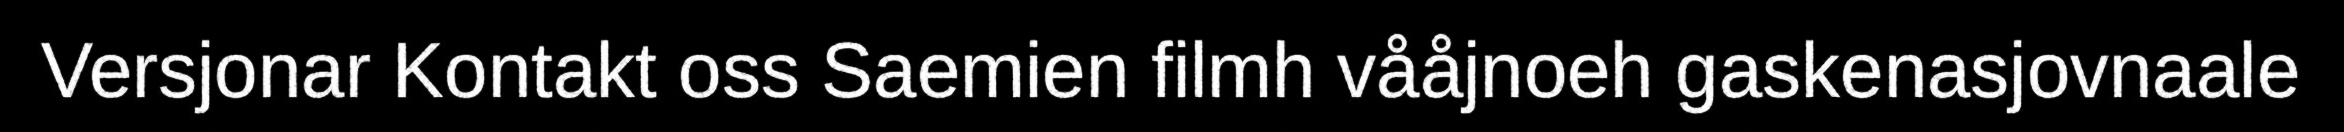
Versjonar Kontakt oss Saemien filmh vååjnoeh gaskenasjovnaale